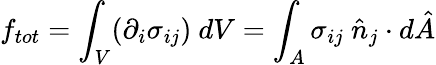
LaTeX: f_{tot}=\int_{V}(\partial_{i}\sigma_{ij})\ dV=\int_{A}\sigma_{ij}\ \hat{n}_{j}\cdot d\hat{A}